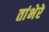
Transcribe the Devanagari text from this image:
तांभेरे